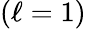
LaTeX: (\ell=1)